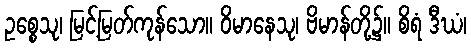
ဥစ္စေသု၊ မြင့်မြတ်ကုန်သော။ ဝိမာနေသု၊ ဗိမာန်တို့၌။ စိရံ ဒီဃံ၊